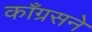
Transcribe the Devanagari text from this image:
काँग्रसने